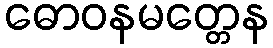
ဓောဝနမတ္တေန